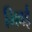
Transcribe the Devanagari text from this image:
भिवई